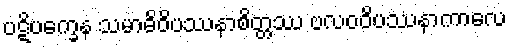
ပဋိပက္ခေန သမာဓိဝိပဿနာစိတ္တဿ ဗလဝဝိပဿနာကာလေ